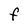
Character: F